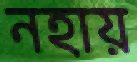
নহায়